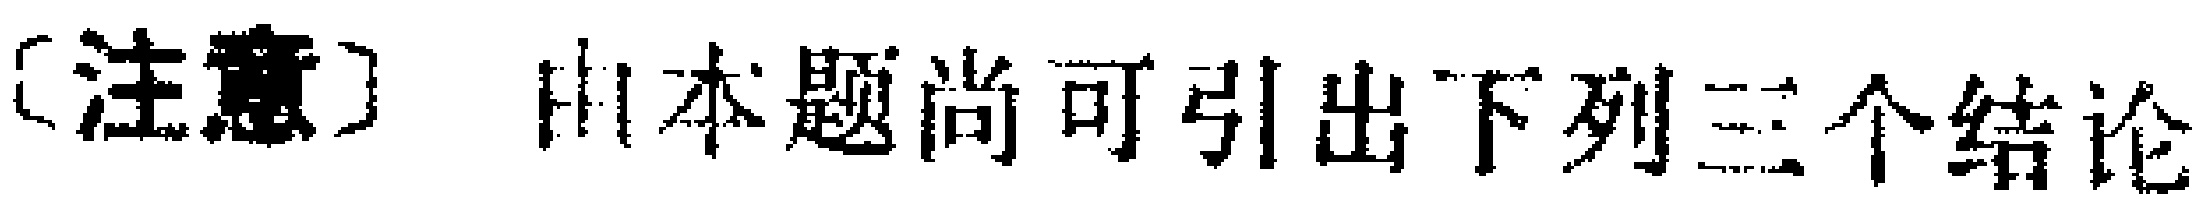
[注意] 由本题尚可引出下列三个结论